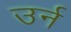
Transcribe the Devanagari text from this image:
उर्न